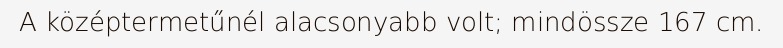
A középtermetűnél alacsonyabb volt; mindössze 167 cm.